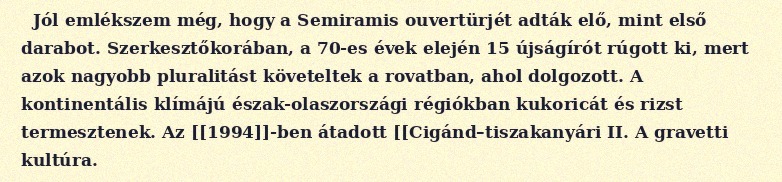
Jól emlékszem még, hogy a Semiramis ouvertürjét adták elő, mint első darabot. Szerkesztőkorában, a 70-es évek elején 15 újságírót rúgott ki, mert azok nagyobb pluralitást követeltek a rovatban, ahol dolgozott. A kontinentális klímájú észak-olaszországi régiókban kukoricát és rizst termesztenek. Az [[1994]]-ben átadott [[Cigánd–tiszakanyári II. A gravetti kultúra.